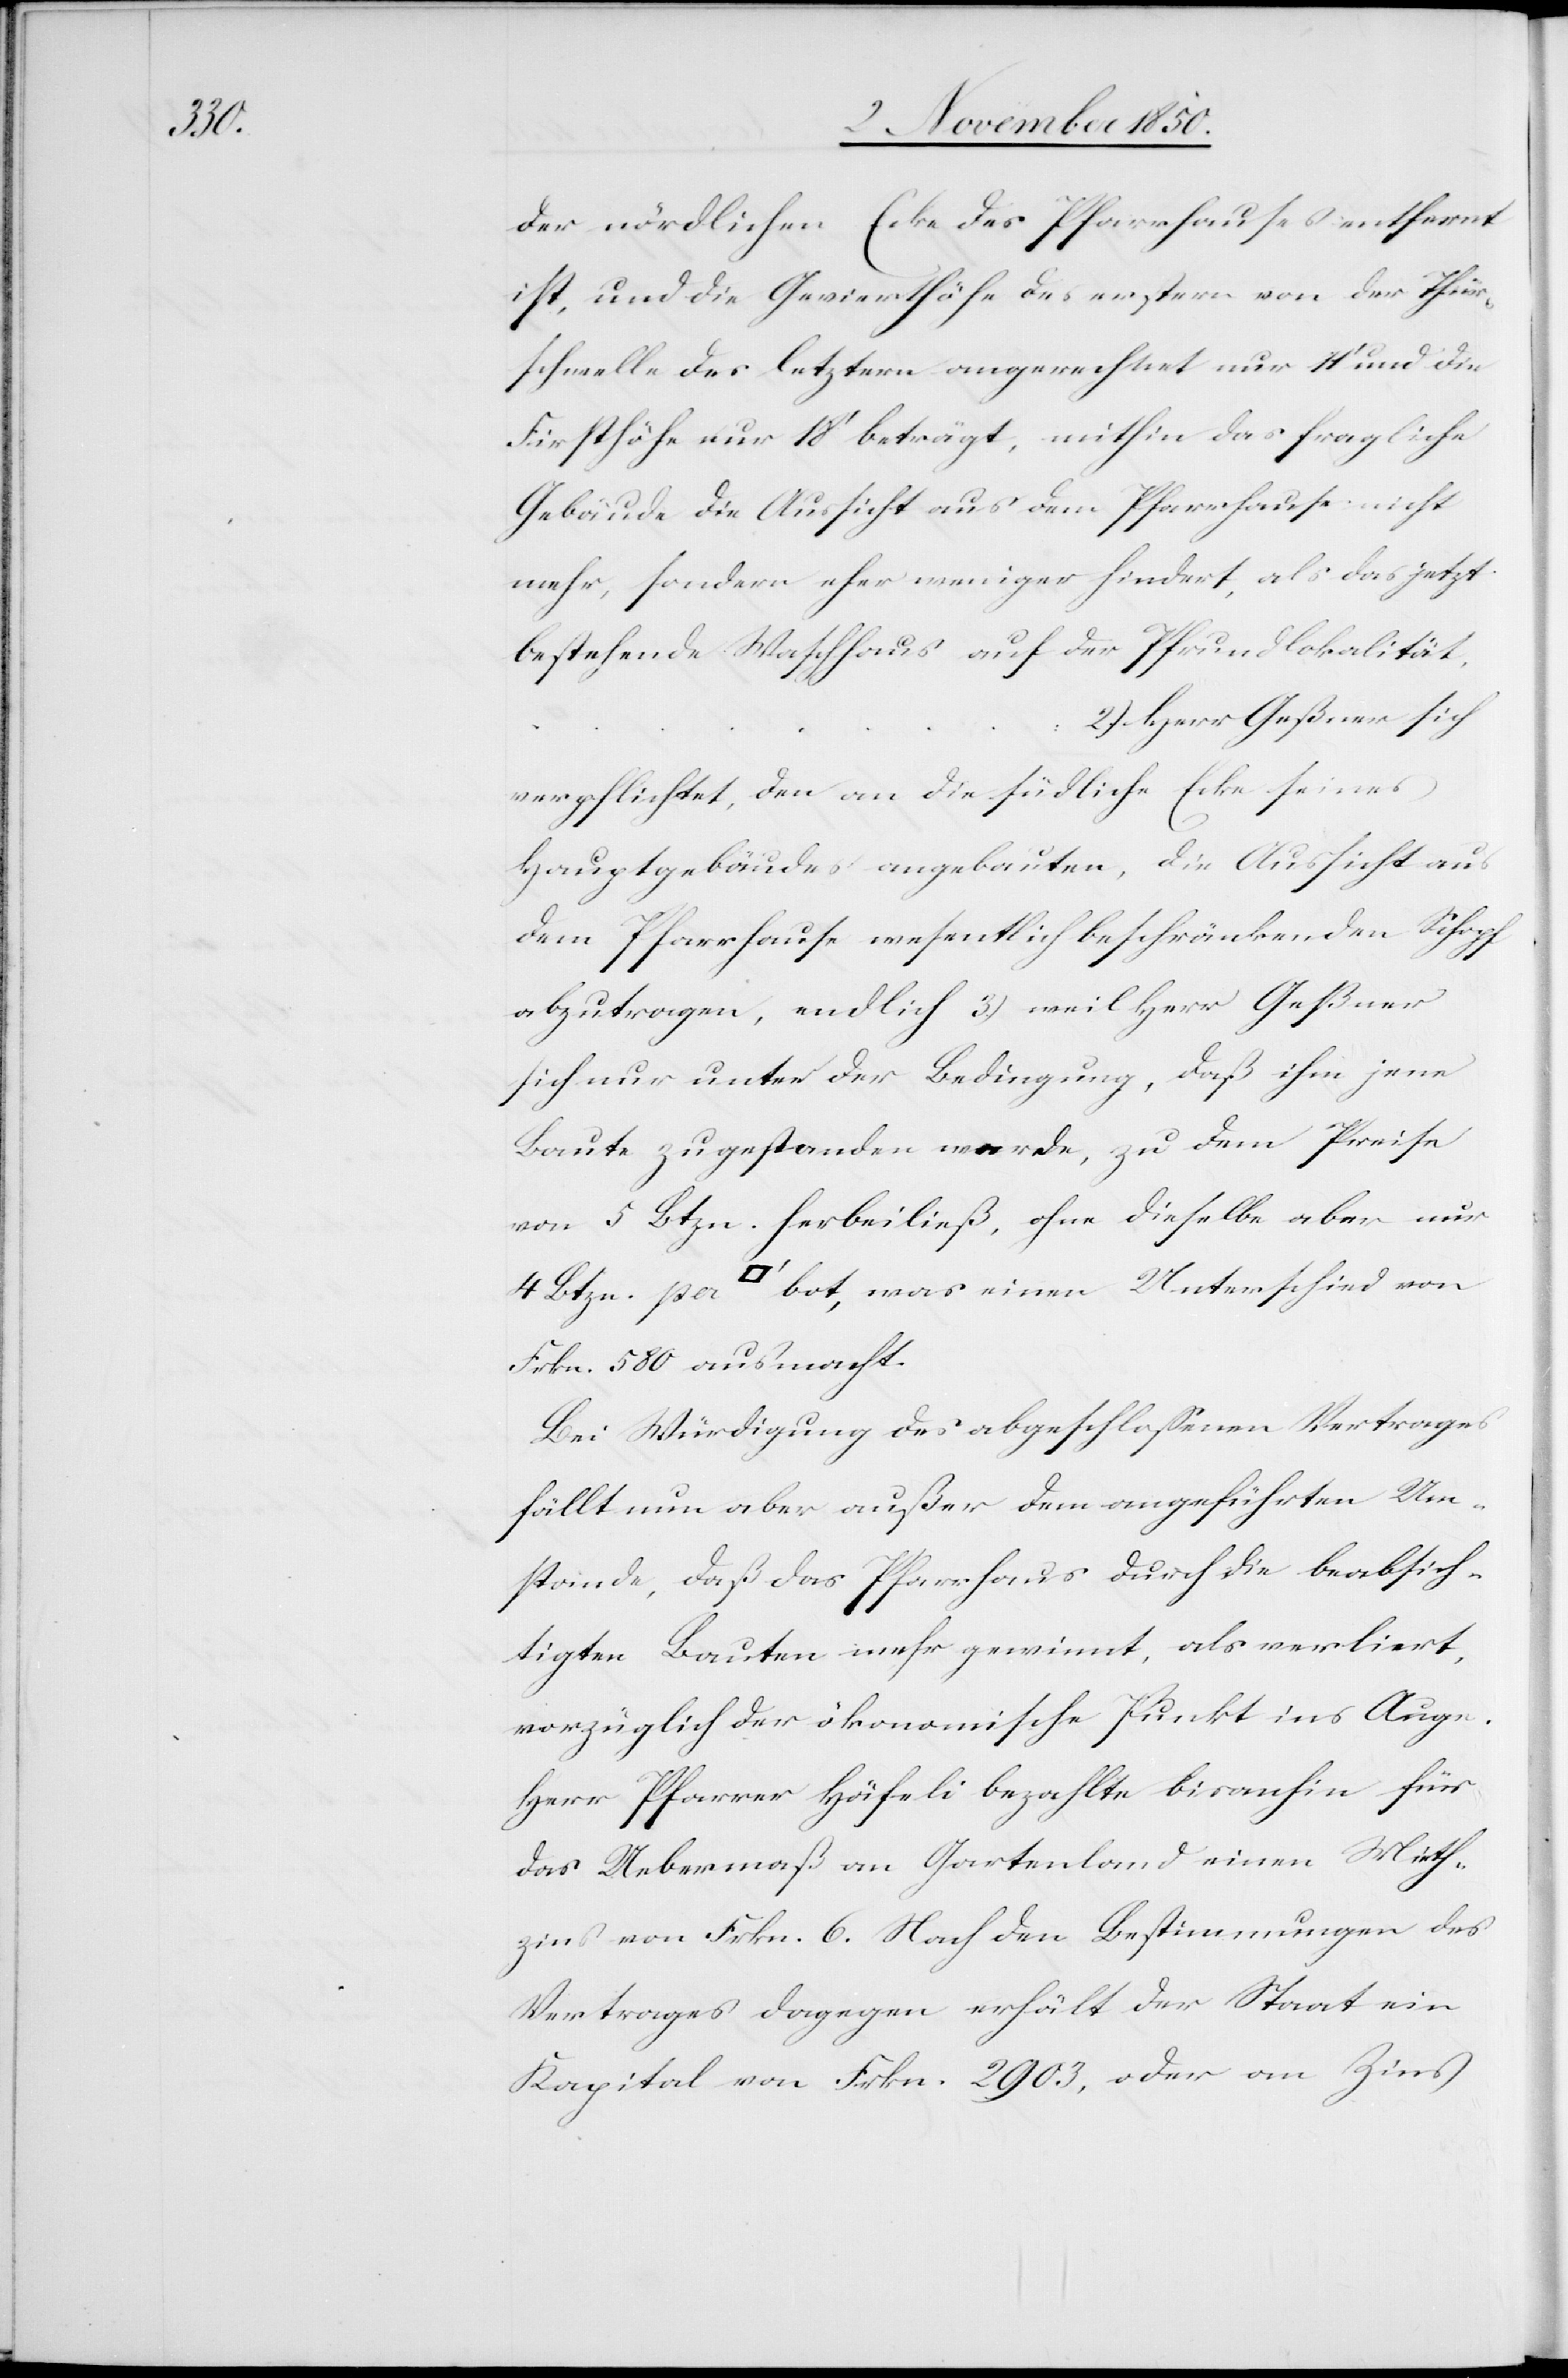
der nördlichen Ecke des Pfarrhauses entfernt
ist, und die Gevierthöfe des erstern von der Thür¬
schwelle des letztern angerechnet nur 11‘ und die
Firsthöhe nur 18‘ beträgt, mithin das fragliche
Gebäude die Aussicht aus dem Pfarrhause nicht
mehr, sondern eher weniger hindert, als das jetzt
bestehende Waschhaus auf der Pfrundlokalität.
2) Herr Geßner sich
verpflichtet, den an die südliche Ecke seines
Hauptgebäudes angebauten, die Aussicht aus
dem Pfarrhause wesentlich beschränkenden Schopf
abzutragen, endlich 3) weil Herr Geßner
sich nur unter der Bedingung, daß ihm jene
Baute zugestanden werde zu dem Preise
von 5 Btzn. herbeiließ, ohne dieselbe aber nur
4 Btzn. per [Quadratfuss] bot, was einen Unterschied von
Frkn. 580 ausmacht.
Bei Würdigung des abgeschlossenen Vertrages
fällt nun aber außer dem angeführten Um¬
stande, daß das Pfarrhaus durch die beabsich¬
tigten Bauten mehr gewinnt, als verliert,
vorzüglich der ökonomische Punkt ins Auge.
Herr Pfarrer Häfeli bezahlte bisanhin für
das Uebermaß an Gartenland einen Mieth¬
zins von Frkn. 6. Nach den Bestimmungen des
Vertrages dagegen erhält der Staat ein
Kapital von Frkn. 2903, oder an Zins